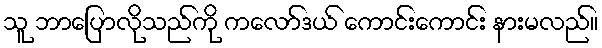
သူ ဘာပြောလိုသည်ကို ကလော်ဒယ် ကောင်းကောင်း နားမလည်။